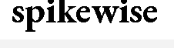
spikewise